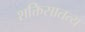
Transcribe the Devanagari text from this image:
शक्तिसातत्य